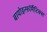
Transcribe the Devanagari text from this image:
बायोइन्फ़ॉर्मैटिक्स